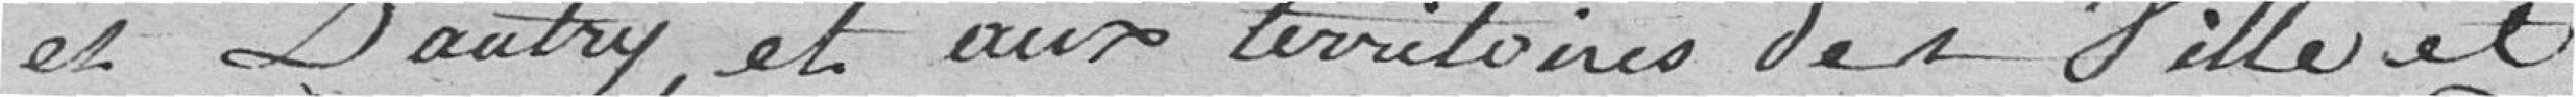
et D'autry, et aux territoires des Ville et